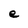
Character: e